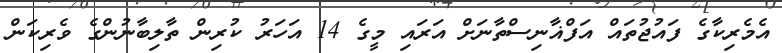
އެމެރިކާގެ ފައުޖުތައް އަފްޣާނިސްތާނަށް އަރައި މީގެ 14 އަހަރު ކުރިން ތާލިބާނުންގެ ވެރިކަން